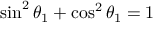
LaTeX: \sin ^ { 2 } \theta _ { 1 } + \cos ^ { 2 } \theta _ { 1 } = 1